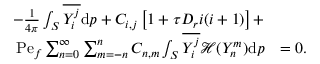
\begin{array} { r l } { - \frac { 1 } { 4 \pi } \int _ { S } \overline { { Y _ { i } ^ { j } } } \mathrm { d } \boldsymbol { p } + C _ { i , j } \left[ 1 + \tau D _ { r } i ( i + 1 ) \right] + } & { } \\ { \mathrm { P e } _ { f } \sum _ { n = 0 } ^ { \infty } \sum _ { m = - n } ^ { n } C _ { n , m } \int _ { S } \overline { { Y _ { i } ^ { j } } } \mathcal { H } ( Y _ { n } ^ { m } ) \mathrm { d } \boldsymbol { p } } & { = 0 . } \end{array}